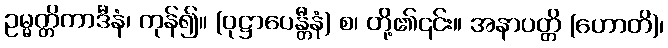
ဥမ္မတ္တိကာဒီနံ၊ ကုန်၍။ (ဝုဋ္ဌာပေန္တီနံ) စ၊ တို့၏၎င်း။ အနာပတ္တိ (ဟောတိ)၊